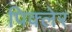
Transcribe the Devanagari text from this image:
पिक्लेर